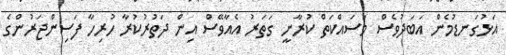
އަޅުގަނޑުމެން އަބަދުވެސް މަސައްކަތް ކުރާނީ ގަތަރު އެއާވޭސް އިން ދަތުރުކުރާ ހުރިހާ ފަސިންޖަރުންގެ